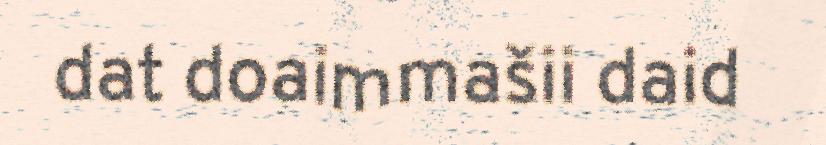
dat doaimmašii daid